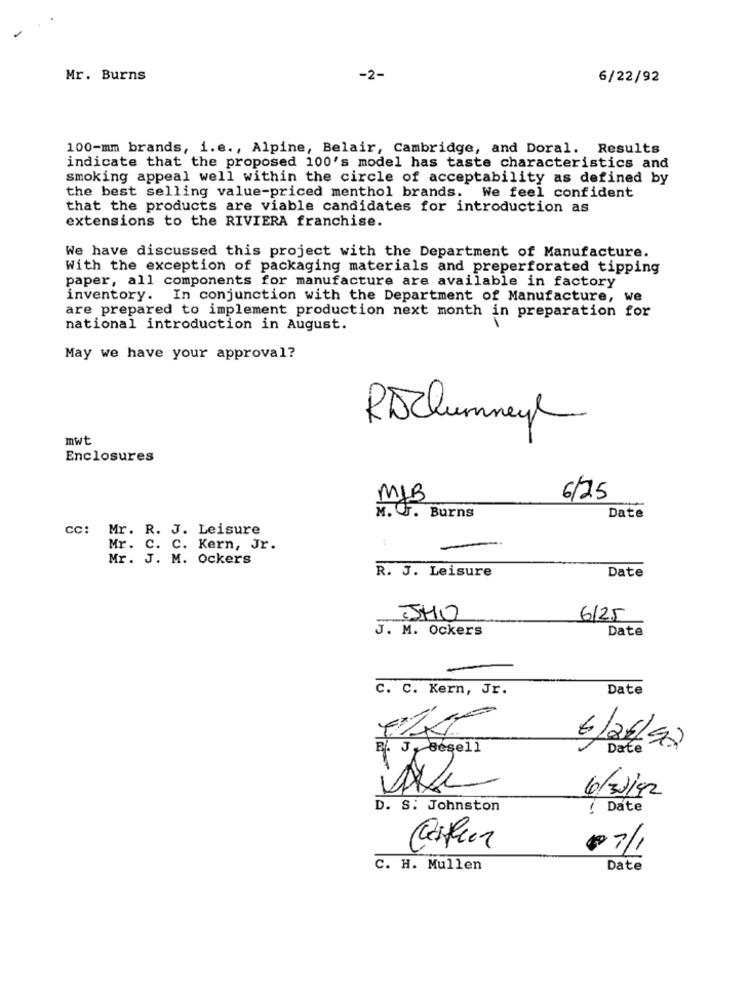
Mr. Burns
-2-
6/22/92
100-mm brands, i.e ., Alpine, Belair, Cambridge, and Doral. Results
indicate that the proposed 100's model has taste characteristics and
smoking appeal well within the circle of acceptability as defined by
the best selling value-priced menthol brands. We feel confident
that the products are viable candidates for introduction as
extensions to the RIVIERA franchise.
We have discussed this project with the Department of Manufacture.
With the exception of packaging materials and preperforated tipping
paper, all components for manufacture are available in factory
inventory. In conjunction with the Department of Manufacture, we
are prepared to implement production next month in preparation for
national introduction in August.
May we have your approval?
RDClumnay
mwt
Enclosures
MLB
6/25
Date
M. F. Burns
cc: Mr. R. J. Leisure
Mr. C. C. Kern, Jr.
-
Mr. J. M. Ockers
R. J. Leisure
Date
SHO
6125
J. M. Ockers
Date
C. C. Kern, Jr.
Date
P. J. Besell
6/24/92
Date
6/37/92
D. S. Johnston
! Date
07/1
C. H. Mullen
Date